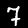
Label: 7